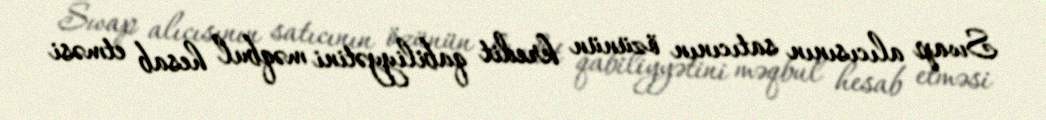
Swap alıcısının satıcının özünün kredit qabiliyyətini məqbul hesab etməsi